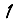
Digit: 1